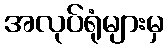
အလုပ်ရုံများမှ